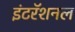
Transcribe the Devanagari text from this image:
इंटरॅशनल